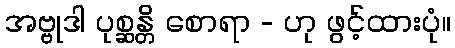
အဗ္ဗုဒါ ပုစ္ဆန္တိ စောရာ - ဟု ဖွင့်ထားပုံ။